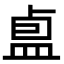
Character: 𪾏